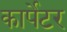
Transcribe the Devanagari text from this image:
कार्पेटर